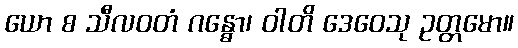
ယော စ သီလဝတံ ဂန္ဓော၊ ဝါတိ ဒေဝေသု ဥတ္တမော။